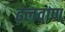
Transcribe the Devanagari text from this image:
ढ़लवाण